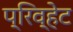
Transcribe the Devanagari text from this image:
प्रिव्हेट